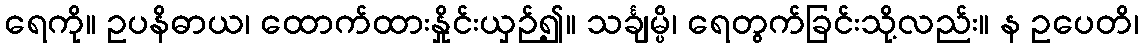
ရေကို။ ဥပနိဓာယ၊ ထောက်ထားနှိုင်းယှဉ်၍။ သင်္ချမ္ပိ၊ ရေတွက်ခြင်းသို့လည်း။ န ဥပေတိ၊